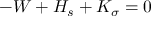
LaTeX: - W + H _ { s } + K _ { \sigma } = 0